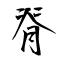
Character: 脊